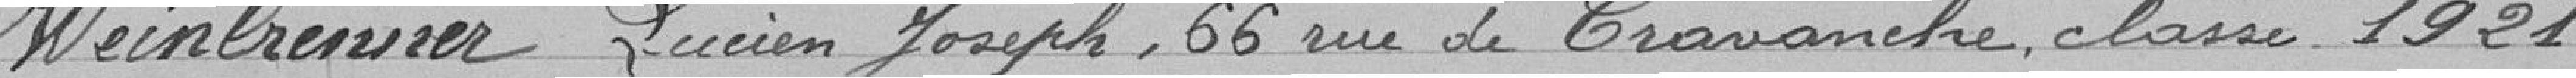
Weinbrenner Lucien Joseph, 66 rue de Cravanche, classe 1921